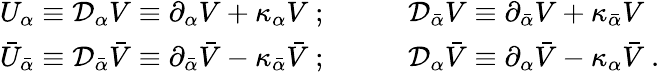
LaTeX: \begin{array}{ll}{{U_{\alpha}\equiv{\cal D}_{\alpha}V\equiv\partial_{\alpha}V+\kappa_{\alpha}V\ ;\qquad}}&{{{\cal D}_{\bar{\alpha}}V\equiv\partial_{\bar{\alpha}}V+\kappa_{\bar{\alpha}}V}}\\ {{\bar{U}_{\bar{\alpha}}\equiv{\cal D}_{\bar{\alpha}}\bar{V}\equiv\partial_{\bar{\alpha}}\bar{V}-\kappa_{\bar{\alpha}}\bar{V}\ ;\qquad}}&{{{\cal D}_{\alpha}\bar{V}\equiv\partial_{\alpha}\bar{V}-\kappa_{\alpha}\bar{V}\ .}}\end{array}